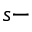
s -